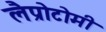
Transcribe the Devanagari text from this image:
लैप्रोटोमी